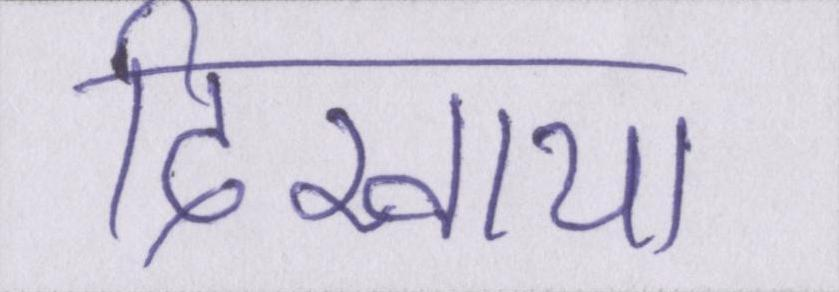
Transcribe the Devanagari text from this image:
दिखाया